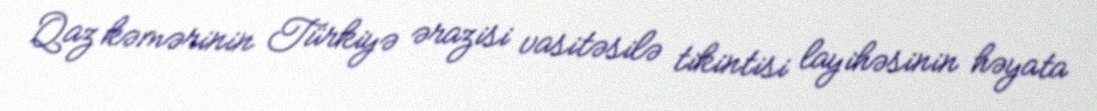
Qaz kəmərinin Türkiyə ərazisi vasitəsilə tikintisi layihəsinin həyata